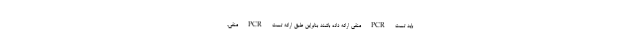
باید تست PCR منفی ارائه داده باشند بنابراین طبق ارائه تست PCR منفی،